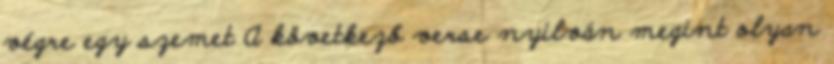
végre egy szemet A következő verse nyilván megint olyan